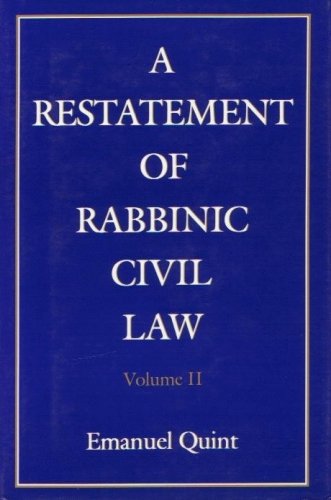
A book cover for A Restatement of Rabbinic Civil Law: Vol II, Laws of Loans; Emanuel Quint; Religion & Spirituality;